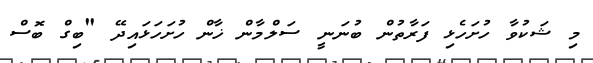
މި ޝަކުވާ ހުށަހެޅި ފަރާތުން ބުނަނީ ސަލްމާން ޚާން ހުށަހަޅައިދޭ "ބިގް ބޮސް